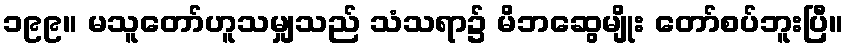
၁၉၉။ မသူတော်ဟူသမျှသည် သံသရာ၌ မိဘဆွေမျိုး တော်စပ်ဘူးပြီ။